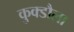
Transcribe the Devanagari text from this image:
कुक्डौला